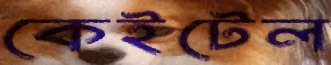
কেইটেল